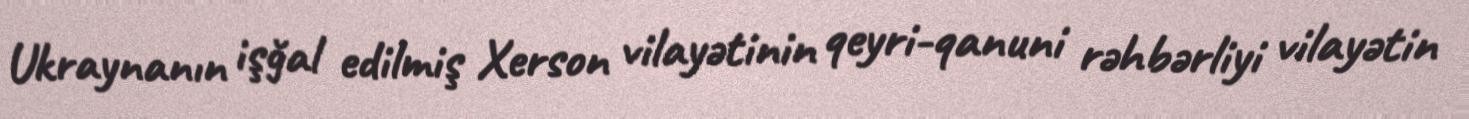
Ukraynanın işğal edilmiş Xerson vilayətinin qeyri-qanuni rəhbərliyi vilayətin